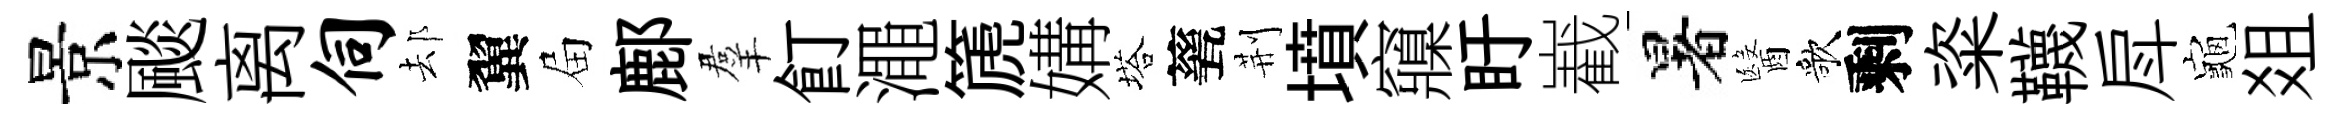
景颷离伺𨚫翼屇鄜羣飣澠篪媾塔甆荆墳䆿盱嶻暑醫歌剩粢韈戽龜爼